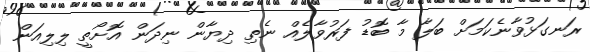
ރަނގަޅުވާނެކަމަށް ބަލާ މާ ބޮޑު ފަރުވާލެއް ނެތި ދިޔާން ނިދަން އޮށޯތީ ލިލިއަން